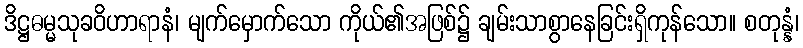
ဒိဋ္ဌဓမ္မသုခဝိဟာရာနံ၊ မျက်မှောက်သော ကိုယ်၏အဖြစ်၌ ချမ်းသာစွာနေခြင်းရှိကုန်သော။ စတုန္နံ၊